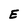
Character: E